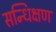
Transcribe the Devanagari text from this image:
सन्धिक्षण